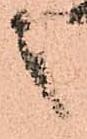
之